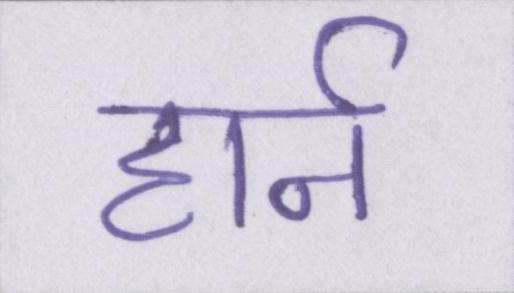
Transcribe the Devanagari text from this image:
हार्न